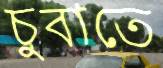
চুবাতে